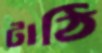
টাঠি